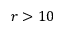
r > 1 0